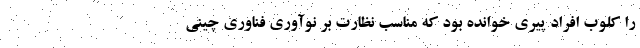
را کلوب افراد پیری خوانده بود که مناسب نظارت بر نوآوری فناوری چینی